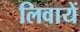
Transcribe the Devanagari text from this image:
लिवायें